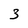
Character: 3